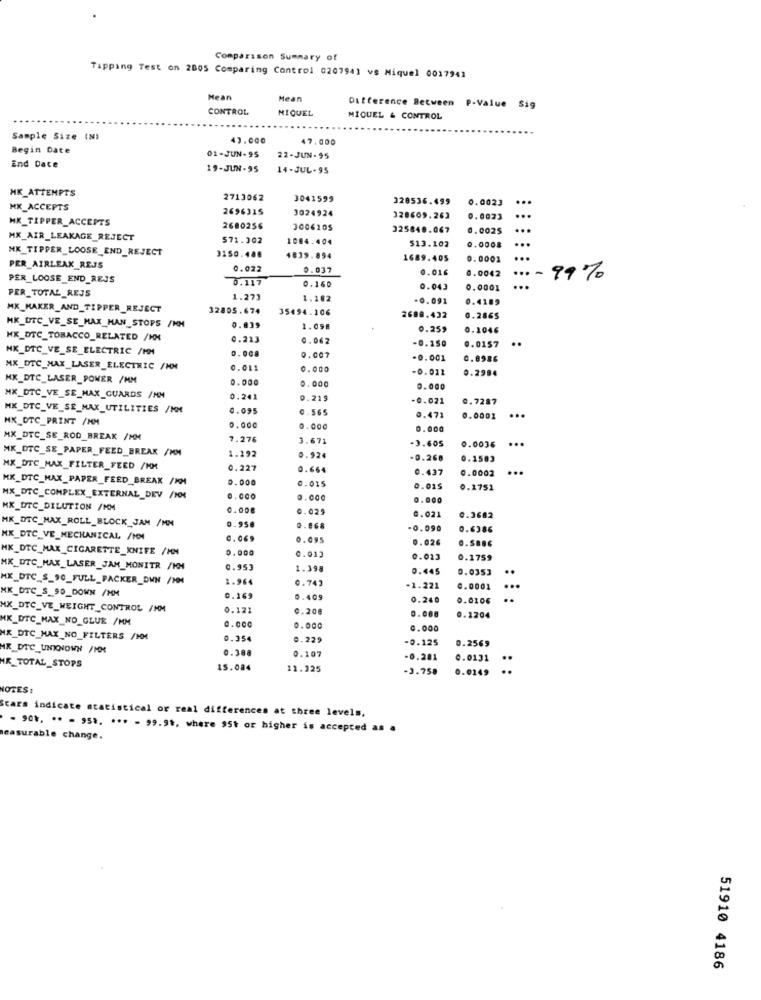
Comparison Summary of
Tapping Test on 2005 Comparing Control 0207941 vs Miquel 0017941
Mean
Mean
CONTROL
MIQUEL
Difference Between P-Value Sig
MIQUEL & CONTROL
Sample Size (N)
43.000
47.000
Begin Date
01-JUN-95
22-JUN-95
End Date
19-JUN-95
14-JUL-95
MK_ATTEMPTS
2713062
3041599
328536.499
0.0023
...
MX_ACCEPTS
2696315
3024924
MK_TIPPER_ACCEPTS
328609.263
0.0023
...
2680256
3006205
325848.067
0.0025
...
MX_AIR_LEAKAGE_REJECT
571.302
1004.404
...
MK_TIPPER_LOOSE_END_REJECT
513.102
0.0008
3150.488
1839.894
1689.405
0. 0001
...
PER_AIRLEAK_REJS
0.022
0.037
0.016
0.0042
PER_LOOSE_END_REJS
0.117
.... 99%
0.160
0.043
0.0001
...
PER_TOTAL_REJS
1.273
1.102
-0.091
0.4189
MK_MAKER_AND_TIPPER_REJECT
32805.674
35494.106
2688.432
0.2865
HK_DTC_VE_SE_MAX_HAN_STOPS /KM
0.639
1.098
0.25,
0.1046
HK_DTC_TOBACCO_RELATED /HM
0.213
0.062
-0.150
..
NK_DTC_VE_SE_ELECTRIC /MM
0.008
0.0157
0.007
-0.001
0.8986
MX_DTC_MAX_LASER_ELECTRIC /NM
0.011
0.000
-0.011
0.2984
MX_DTC_LASER_POWER /MM
0.000
0.000
0.000
MX_DTC_VE_SE_MAX_GUARDS /NM
0.24
0.219
-0.021
0.7287
MK_DTC_VE_SE_MAX_UTILITIES /MM
0.095
0.565
MK_OTC_PRINT /NM
0.471
0.0001
....
0.000
0.000
0.000
MX_DTC_SE_ROD_BREAK /MM
7.276
3.671
-3.605
0.0036 ***
MK_DTC_SE_PAPER_FEED_BREAK /MM
1.192
0.924
-0.260
0.1583
MX_DTC_MAX_FILTER_FEED /MM
0.227
0.664
0.437
0.0002
....
HK_DTC_MAX_PAPER_FEED_BREAK /KM
0.000
0.015
0.015
0.1751
MX_DTC_COMPLEX_EXTERNAL_DEV /HON
1.000
0.000
0.000
MX_UTC_DILUTION /MM
0.008
0.025
0.021
0.3682
MK_DTC_MAX_ROLL_BLOCK_JAM /MM
0.958
0.068
-0.090
0.6386
MK_DTC_VE_MECHANICAL /KM
0.069
0.095
0.026
MK_DTC_MAX_CIGARETTE_KNIFE /HN
0.000
0.013
0.023
0.1759
MK_DTC_MAX_LASER_JAM_MONITR /KM
0.953
1.398
0.445
0.0353
MX_DTC_S_90_FULL_PACKER_OWN /MM
2.964
0.742
..
MK_DTC_S_90_DOWN /MM
-1.221
0.0001
...
0.169
0.409
0.240
0.0106
..
MX_DTC_VE_WEIGHT_CONTROL /MM
0.121
0.208
0.086
MK_DTC_MAX_NO_GLUE /MM
0.1204
0.000
0.000
0.000
MX_DTC_MAX_NO_FILTERS /MM
0.354
0.229
-0.125
0.2569
HK_DTC_UNKNOWN /MM
0.388
0.107
-0.281
0.0131
HK_TOTAL_STOPS
15.084
11.325
-3.758
0.0149
:
NOTES:
Scars indicate statistical or real differences at three levels,
- 90 .. .. - 95 .. ... - 99.99, where 95t or higher is accepted as a
measurable change.
51910 4186